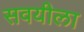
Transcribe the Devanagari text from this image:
सवयीला